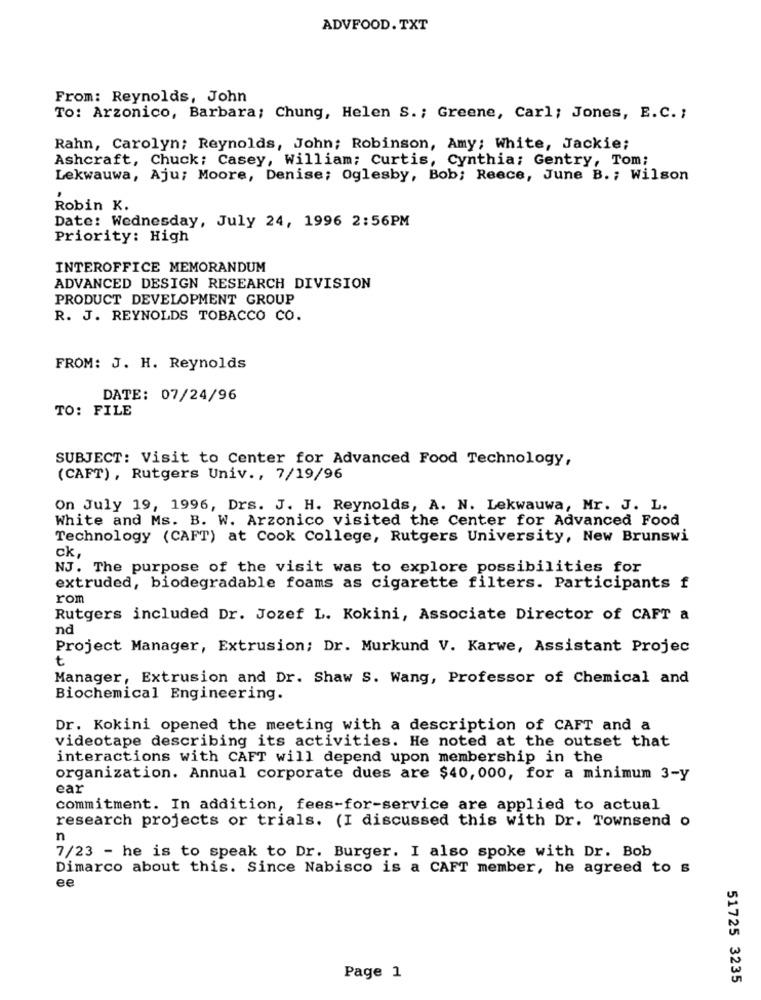
ADVFOOD. TXT
From: Reynolds, John
To: Arzonico, Barbara; Chung, Helen S. ; Greene, Carl; Jones, E.C. ;
Rahn, Carolyn; Reynolds, John; Robinson, Amy; White, Jackie;
Ashcraft, Chuck: Casey, William; Curtis, Cynthia; Gentry, Tom;
Lekwauwa, Aju; Moore, Denise; Oglesby, Bob; Reece, June B. ; Wilson
Robin K.
Date: Wednesday, July 24, 1996 2:56PM
Priority: High
INTEROFFICE MEMORANDUM
ADVANCED DESIGN RESEARCH DIVISION
PRODUCT DEVELOPMENT GROUP
R. J. REYNOLDS TOBACCO CO.
FROM: J. H. Reynolds
DATE: 07/24/96
TO: FILE
SUBJECT: Visit to Center for Advanced Food Technology,
(CAFT), Rutgers Univ ., 7/19/96
On July 19, 1996, Drs. J. H. Reynolds, A. N. Lekwauwa, Mr. J. L.
White and Ms. B. W. Arzonico visited the Center for Advanced Food
Technology (CAFT) at Cook College, Rutgers University, New Brunswi
ck,
NJ. The purpose of the visit was to explore possibilities for
extruded, biodegradable foams as cigarette filters. Participants f
rom
Rutgers included Dr. Jozef L. Kokini, Associate Director of CAFT a
nd
Project Manager, Extrusion; Dr. Murkund V. Karwe, Assistant Projec
t
Manager, Extrusion and Dr. Shaw S. Wang, Professor of Chemical and
Biochemical Engineering.
Dr. Kokini opened the meeting with a description of CAFT and a
videotape describing its activities. He noted at the outset that
interactions with CAFT will depend upon membership in the
organization. Annual corporate dues are $40, 000, for a minimum 3-y
ear
commitment. In addition, fees-for-service are applied to actual
research projects or trials. (I discussed this with Dr. Townsend o
n
7/23 - he is to speak to Dr. Burger. I also spoke with Dr. Bob
Dimarco about this. Since Nabisco is a CAFT member, he agreed to s
ee
Page 1
51725 3235